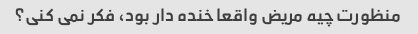
منظورت چیه مریض واقعا خنده دار بود، فکر نمی کنی؟